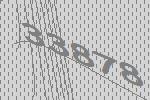
33878